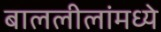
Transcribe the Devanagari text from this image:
बाललीलांमध्ये